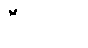
ဦးလေး